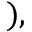
) ,